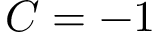
C = - 1